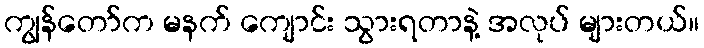
ကျွန်တော်က မနက် ကျောင်း သွားရတာနဲ့ အလုပ် များတယ်။